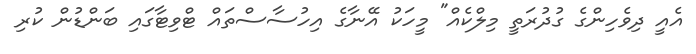
އެއީ ދިވެހިންގެ ގުދުރަތީ މިލްކެއް" މީހަކު އޭނާގެ އިހުސާސްތައް ޓްވިޓާގައި ބަންޑުން ކުރި